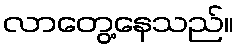
လာတွေ့နေသည်။